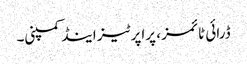
ڈرائی ٹائمز ، پراپرٹیز اینڈ کمپنی۔